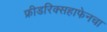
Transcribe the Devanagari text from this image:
फ्रीडरिक्सहाफेनचा